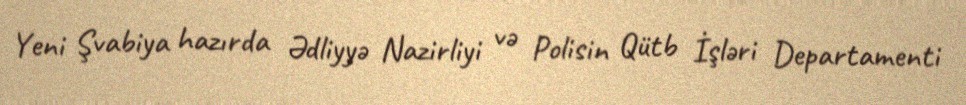
Yeni Şvabiya hazırda Ədliyyə Nazirliyi və Polisin Qütb İşləri Departamenti